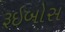
રૂઇબોસ